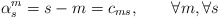
\begin{align*}\alpha _{s}^{m}=s-m=c_{ms},\qquad \forall m,\forall s\end{align*}